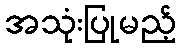
အသုံးပြုမည့်